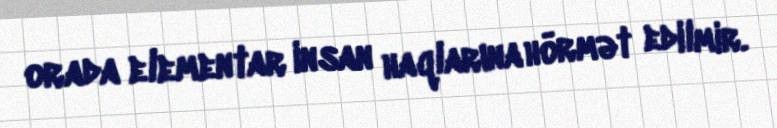
orada elementar insan haqlarına hörmət edilmir.